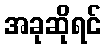
အခုဆိုရင်